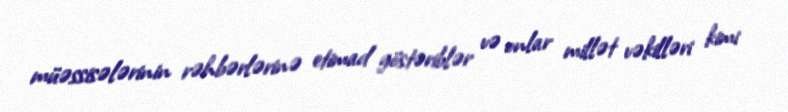
müəssisələrinin rəhbərlərinə etimad göstəriblər və onlar millət vəkilləri kimi